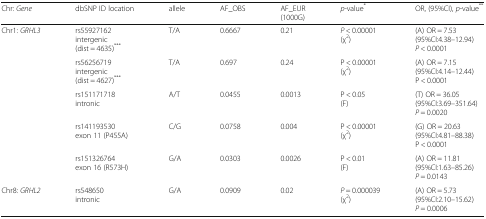
<table><thead><tr><td><b>Chr: <i>Gene</i></b></td><td><b>dbSNP ID location</b></td><td><b>allele</b></td><td><b>AF_OBS</b></td><td><b>AF_EUR(1000G)</b></td><td><b><i>p</i>-value<sup>*</sup></b></td><td><b>OR, (95%CI), <i>p</i>-value<sup>**</sup></b></td></tr></thead><tbody><tr><td rowspan="5">Chr1: <i>GRHL3</i></td><td>rs55927162intergenic(dist = 4635)<sup>***</sup></td><td>T/A</td><td>0.6667</td><td>0.21</td><td><i>P</i> &lt; 0.00001(χ<sup>2</sup>)</td><td>(A) OR = 7.53(95%CI:4.38–12.94)<i>P</i> &lt; 0.0001</td></tr><tr><td>rs56256719intergenic(dist = 4627)<sup>***</sup></td><td>T/A</td><td>0.697</td><td>0.24</td><td>P &lt; 0.00001(χ<sup>2</sup>)</td><td>(A) OR = 7.15(95%CI:4.14–12.44)P &lt; 0.0001</td></tr><tr><td>rs151171718intronic</td><td>A/T</td><td>0.0455</td><td>0.0013</td><td>P &lt; 0.05(F)</td><td>(T) OR = 36.05(95%CI:3.69–351.64)<i>P</i> = 0.0020</td></tr><tr><td>rs141193530exon 11 (P455A)</td><td>C/G</td><td>0.0758</td><td>0.004</td><td>P &lt; 0.00001(χ<sup>2</sup>)</td><td>(G) OR = 20.63(95%CI:4.81–88.38)P &lt; 0.0001</td></tr><tr><td>rs151326764exon 16 (R573H)</td><td>G/A</td><td>0.0303</td><td>0.0026</td><td>P &lt; 0.01(F)</td><td>(A) OR = 11.81(95%CI:1.63–85.26)<i>P</i> = 0.0143</td></tr><tr><td>Chr8: <i>GRHL2</i></td><td>rs548650intronic</td><td>G/A</td><td>0.0909</td><td>0.02</td><td><i>P</i> = 0.000039(χ<sup>2</sup>)</td><td>(A) OR = 5.73(95%CI:2.10–15.62)<i>P</i> = 0.0006</td></tr></tbody></table>